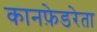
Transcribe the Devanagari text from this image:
कानफ़ेडरेता